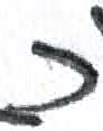
אות: כ